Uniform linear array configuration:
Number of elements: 16
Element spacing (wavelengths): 1
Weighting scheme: hann
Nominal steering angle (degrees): -45
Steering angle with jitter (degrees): -46.3
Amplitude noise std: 0.05
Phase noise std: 0.05

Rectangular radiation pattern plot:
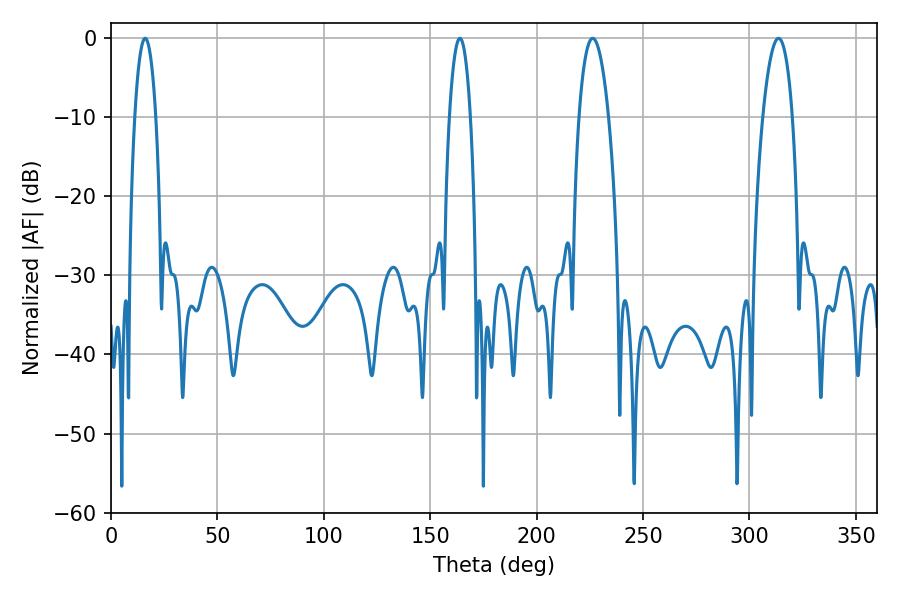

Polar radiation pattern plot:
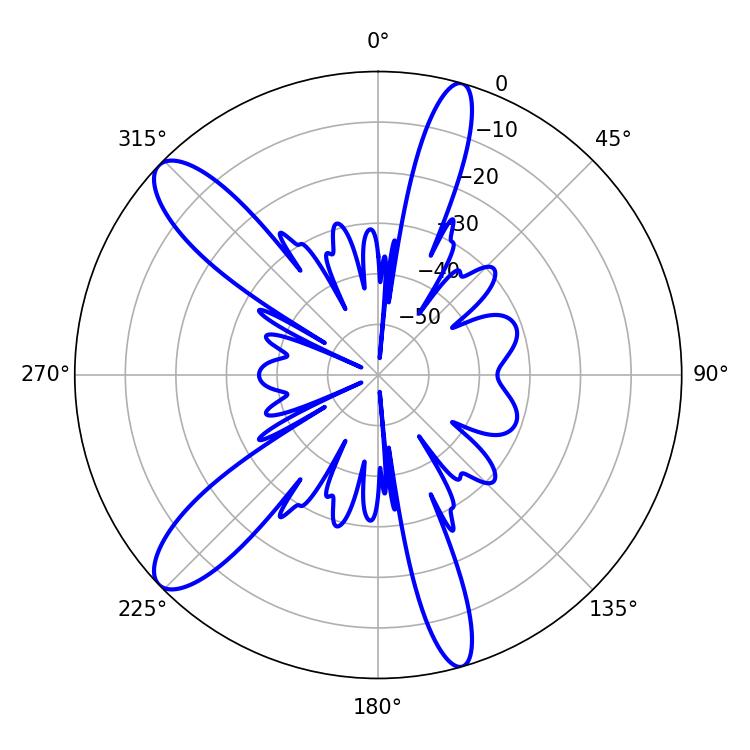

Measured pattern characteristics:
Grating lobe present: TRUE
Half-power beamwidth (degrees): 5.58
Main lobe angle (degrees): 16.02